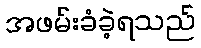
အဖမ်းခံခဲ့ရသည်